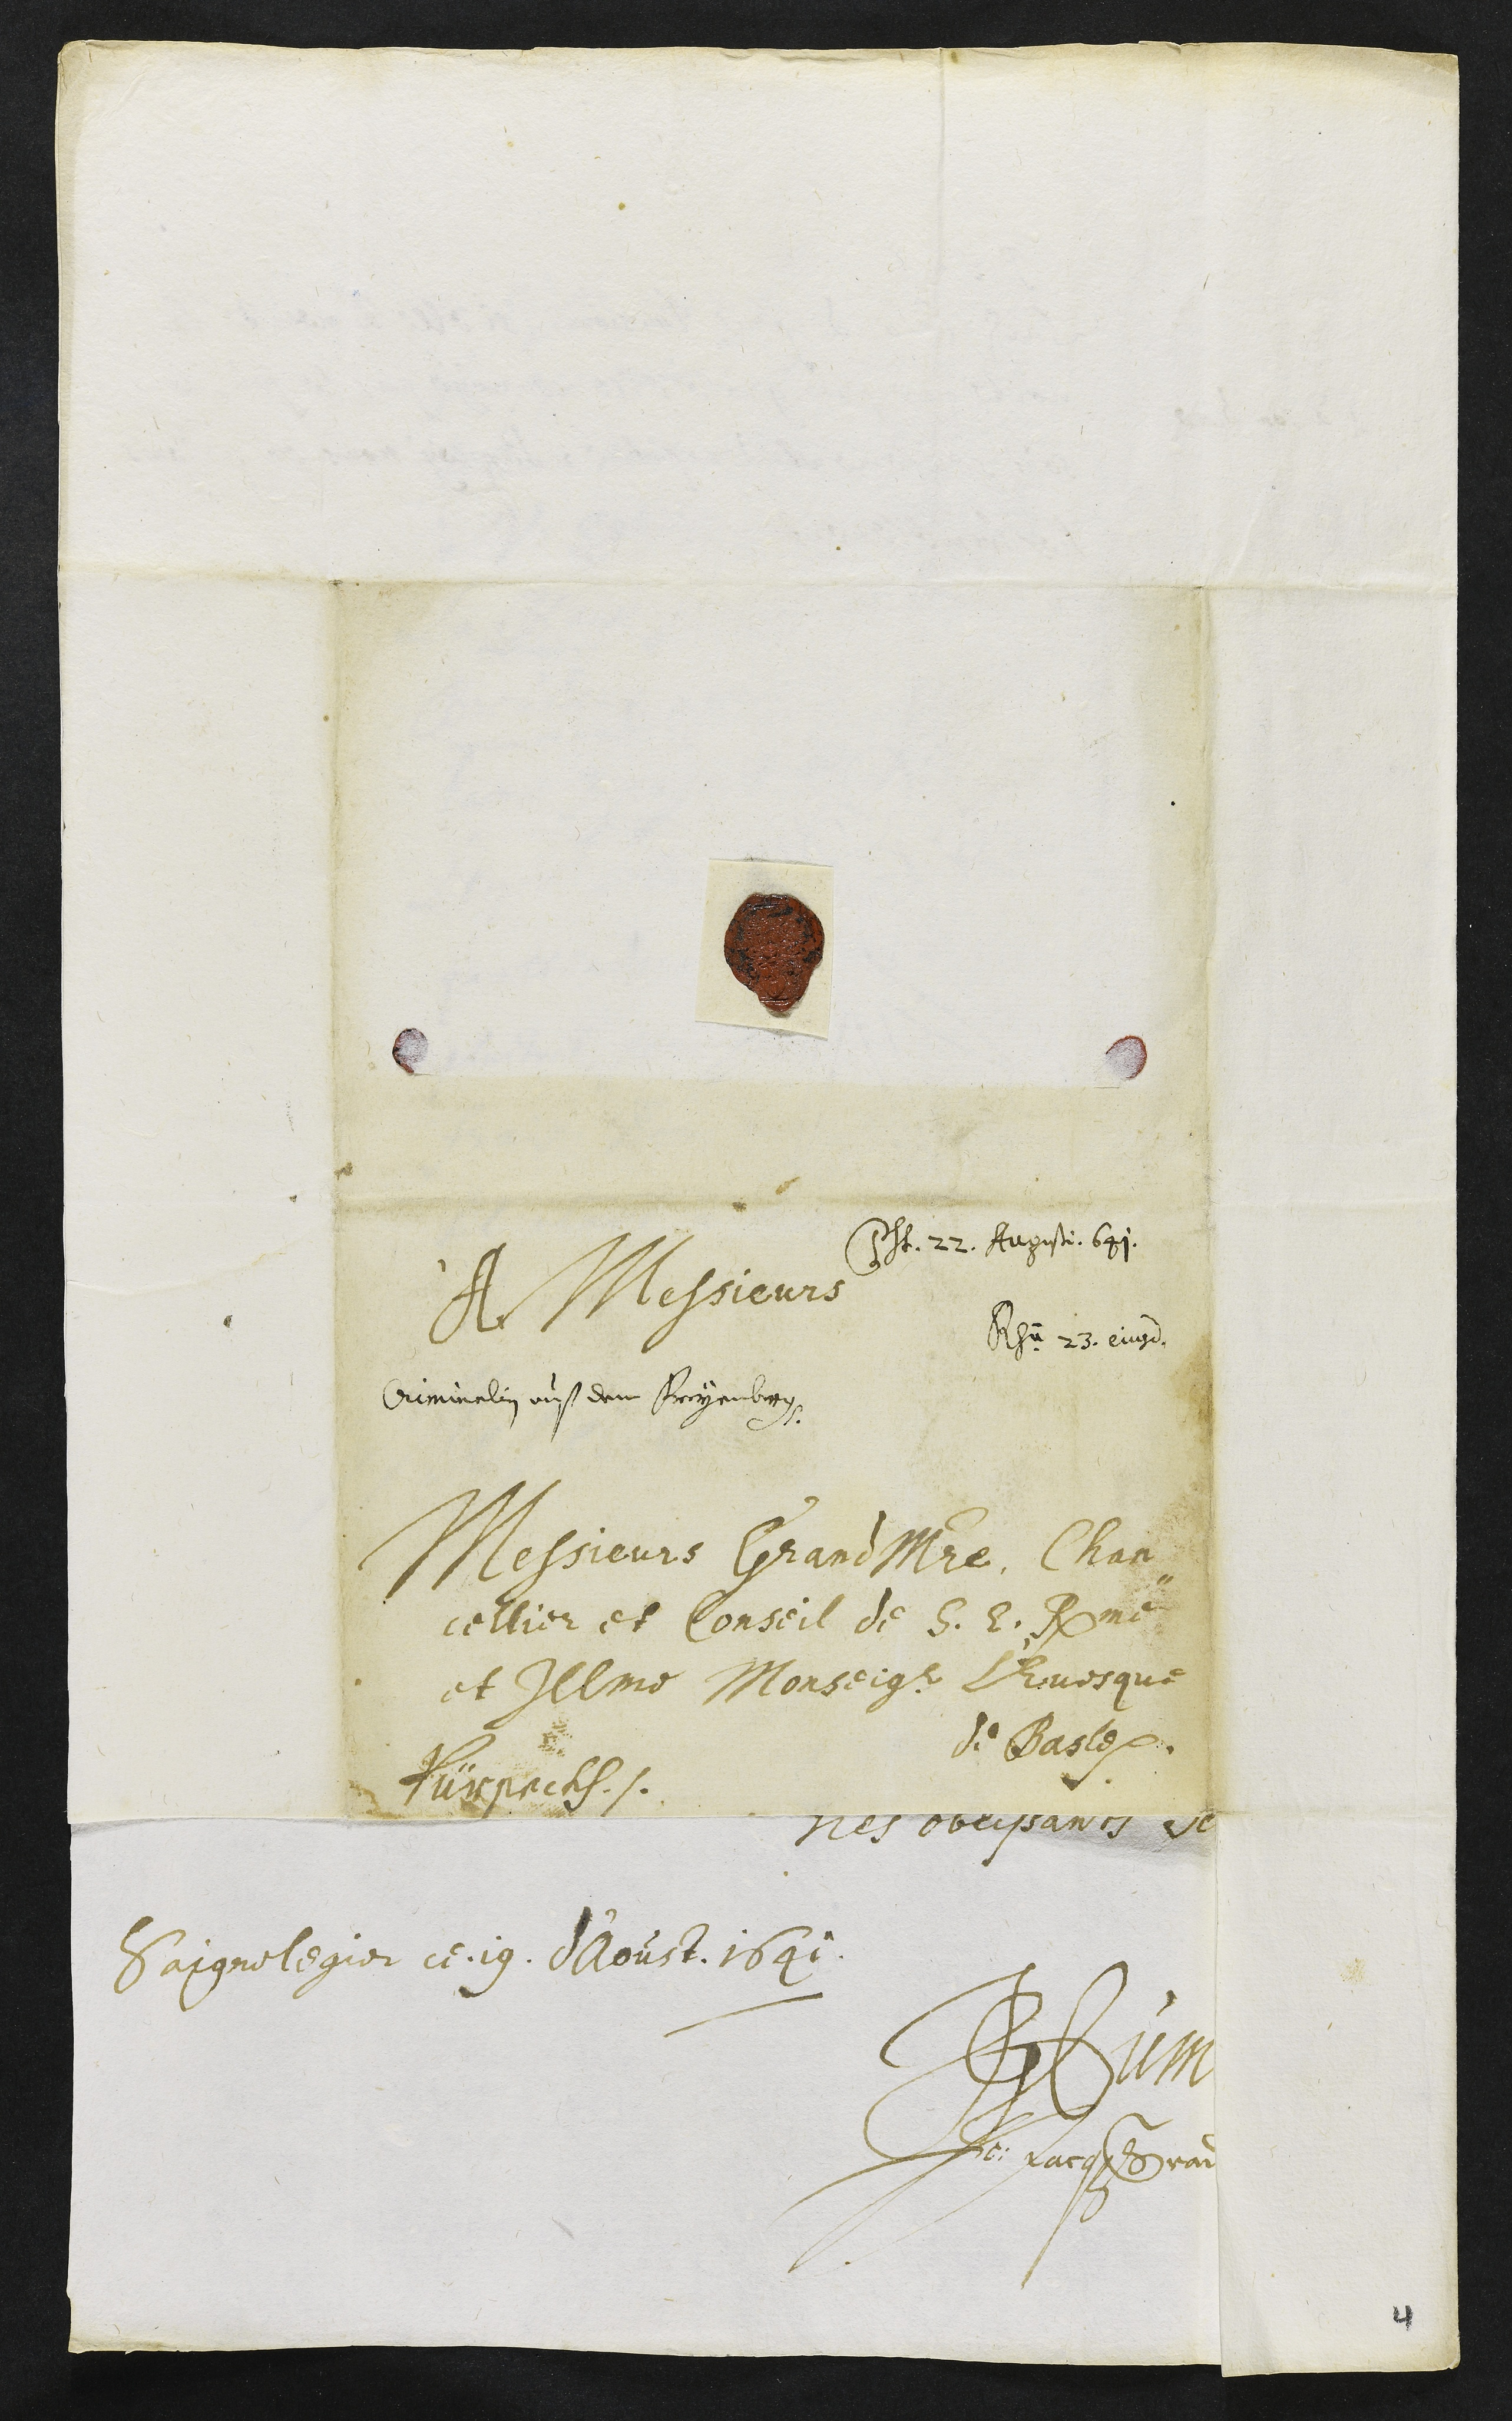
Presentatum 22. Augusti 641
Rsu 23. ejusd.
Criminalien auß dem Freyenberg
A Messieurs
Messieurs Grand Maistre, Chan¬
cellier et Conseil de S. E. Rme
et Illme Monseigneur L'Evesque
de Basle.
Pürseckh
4